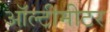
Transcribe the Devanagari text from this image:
ऑल्टीमीटर